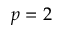
p = 2